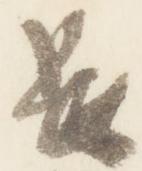
長